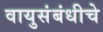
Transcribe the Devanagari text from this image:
वायुसंबंधीचे